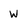
Character: W